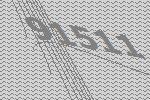
91511